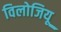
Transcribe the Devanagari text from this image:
विलोजियू